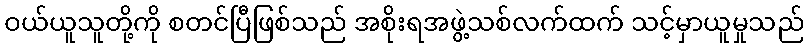
ဝယ်ယူသူတို့ကို စတင်ပြီဖြစ်သည် အစိုးရအဖွဲ့သစ်လက်ထက် သင့်မှာယူမှုသည်